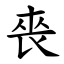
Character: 䘮